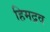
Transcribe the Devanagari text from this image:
हिमद्रव